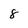
Character: 8